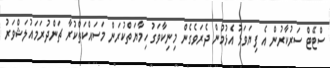
ސްޓޭޓް ސަރުކާރުން އެ ފިޔަވަޅު އެޅުމުން ދެރަވެގެން މިނިކާވަގު ހިމާޔަތްކުރަން މަސައްކަތްކުރާ ޗަންދުރަމައުލަޝްވަރު